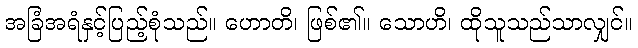
အခြံအရံနှင့်ပြည့်စုံသည်။ ဟောတိ၊ ဖြစ်၏။ သောဟိ၊ ထိုသူသည်သာလျှင်။